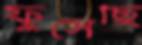
ফুঁসেছি